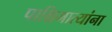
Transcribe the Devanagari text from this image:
पाश्चिमात्यांना